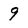
Character: 9